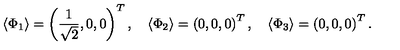
\langle \Phi _ { 1 } \rangle = \left( \frac { 1 } { \sqrt { 2 } } , 0 , 0 \right) ^ { T } , \quad \langle \Phi _ { 2 } \rangle = \left( 0 , 0 , 0 \right) ^ { T } , \quad \langle \Phi _ { 3 } \rangle = \left( 0 , 0 , 0 \right) ^ { T } .